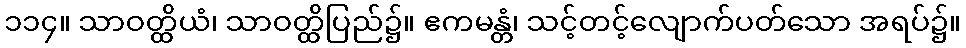
၁၁၄။ သာဝတ္ထိယံ၊ သာဝတ္ထိပြည်၌။ ဧကမန္တံ၊ သင့်တင့်လျောက်ပတ်သော အရပ်၌။